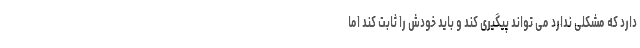
دارد که مشکلی ندارد می تواند پیگیری کند و باید خودش را ثابت کند اما